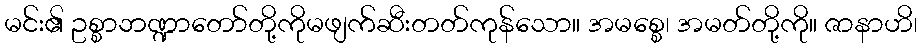
မင်း၏ ဥစ္စာဘဏ္ဍာတော်တို့ကိုမဖျက်ဆီးတတ်ကုန်သော။ အမစ္စေ၊ အမတ်တို့ကို။ ဇာနာဟိ၊